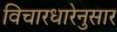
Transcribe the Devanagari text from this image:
विचारधारेनुसार